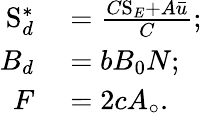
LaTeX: \begin{array}{rl}{\mathrm{S}_{d}^{\ast}}&{{}=\frac{C\mathrm{S}_{E}+A\bar{u}}{C};}\\ {B_{d}}&{{}=bB_{0}N;}\\ {F}&{{}=2cA_{\circ}.}\end{array}